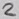
Text: 2